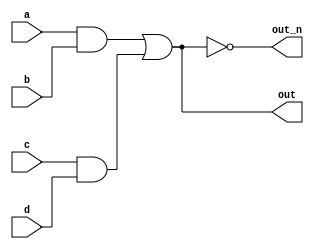
`default_nettype none
module top_module(
    input a,
    input b,
    input c,
    input d,
    output out,
    output out_n   ); 

	wire and_or;
    assign out = and_or;
    assign out_n = ~and_or;
    assign and_or = (a&b)|(c&d);
    
endmodule